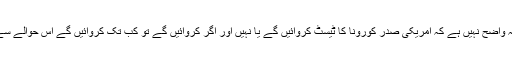
ساتھ ہی انہوں نے کہا کہ ابھی یہ واضح نہیں ہے کہ امریکی صدر کورونا کا ٹیسٹ کروائیں گے یا نہیں اور اگر کروائیں گے تو کب تک کروائیں گے اس حوالے سے کچھ بھی کہنا قبل از وقت ہے۔